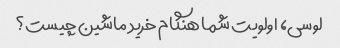
لوسی، اولویت شما هنگام خرید ماشین چیست؟